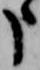
申